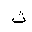
Letter: _tha